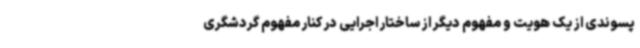
پسوندی از یک هویت و مفهوم دیگر از ساختار اجرایی در کنار مفهوم گردشگری